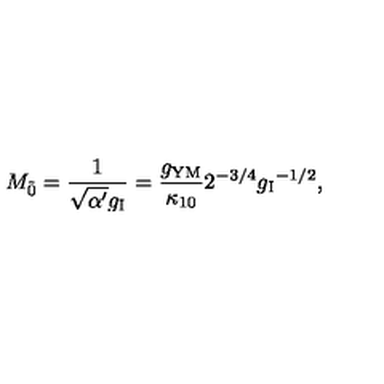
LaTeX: M _ { \tilde { 0 } } = \frac { 1 } { \sqrt { \alpha ^ { \prime } } g _ { \mathrm { I } } } = \frac { g _ { \mathrm { Y M } } } { \kappa _ { 1 0 } } { 2 ^ { - 3 / 4 } { g _ { \mathrm { I } } } ^ { - 1 / 2 } } ,